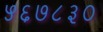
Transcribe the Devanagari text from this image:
५६७८३०